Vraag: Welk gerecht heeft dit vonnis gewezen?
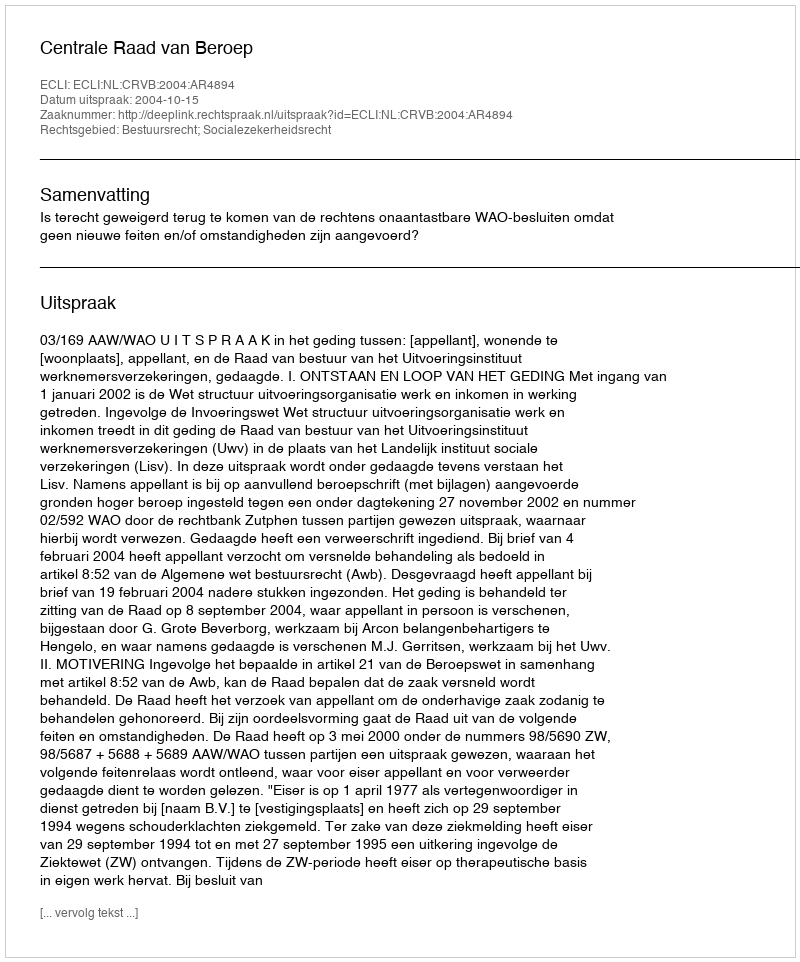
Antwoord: Centrale Raad van Beroep